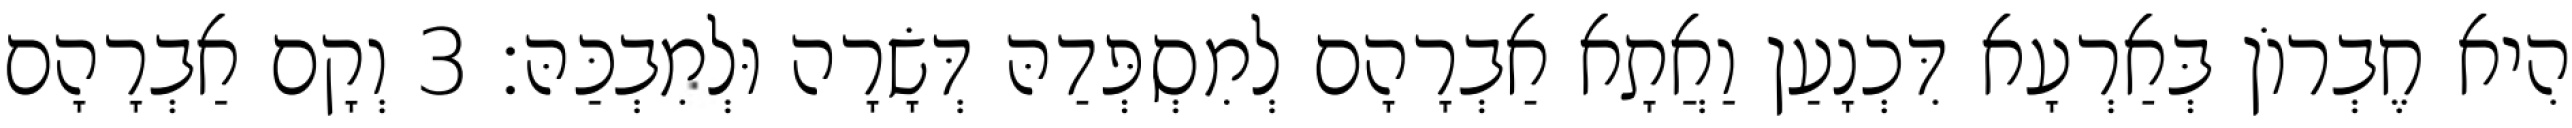
הִיא חֶבְרוֹן בְּאַרְעָא דִּכְנָעַן וַאֲתָא אַבְרָהָם לְמִסְפְּדַהּ דְּשָׂרָה וּלְמִבְכַּהּ׃ 3 וְקָם אַבְרָהָם